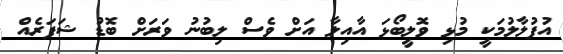
އުފުލާލުމަކީ މުޅި ވޮލީބޯޅަ އާއިލާ އަށް ވެސް ލިބުނު ވަރަށް ބޮޑު ޝަފަރެއް